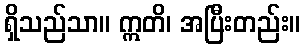
ရှိသည်သာ။ ဣတိ၊ အပြီးတည်း။